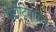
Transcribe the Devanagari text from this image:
ऐंटीट्रिपसिन